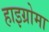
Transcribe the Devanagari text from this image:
हाइग्रोमा